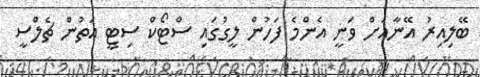
ބޭލިއިރު އޭނާއަށް ވަނީ އެންމެ ފަހުން ލީގުގައި ސްޓޯކް ސިޓީ އަތުން ޗެލްސީ